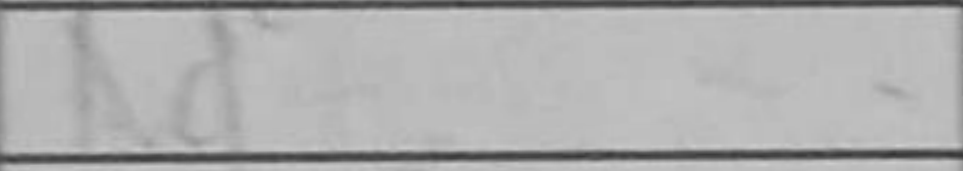
Transcription: Nd7